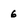
Character: 6